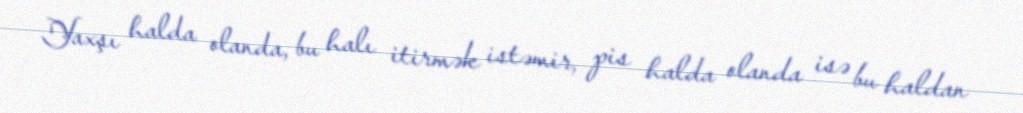
Yaxşı halda olanda, bu halı itirmək istəmir, pis halda olanda isə bu haldan